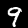
Label: 9